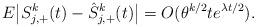
LaTeX: \begin{align*} E\big|S_{j,+}^k(t)- \hat{S}_{j,+}^k(t) \big| = O(\theta^{k/2} te^{\lambda t/2}).\end{align*}